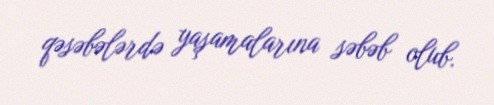
qəsəbələrdə yaşamalarına səbəb olub.